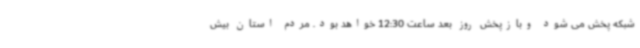
شبکه پخش می شود وبازپخش روز بعد ساعت 12:30 خواهد بود. مردم استان بیش